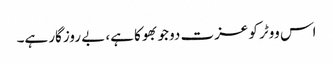
اس ووٹر کو عزت دو جو بھوکا ہے، بے روزگار ہے۔